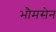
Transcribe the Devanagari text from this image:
भौमसेन